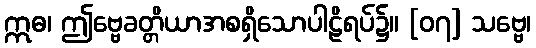
ဣဓ၊ ဤဗ္ဗေခတ္တိယာအစရှိသောပါဠိရပ်၌။ [၀၇] သဗ္ဗေ၊